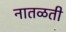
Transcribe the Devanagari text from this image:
नातळती